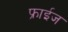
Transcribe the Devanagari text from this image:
फ्राईज